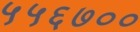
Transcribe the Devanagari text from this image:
५५६७००